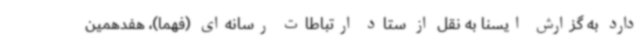
دارد به گزارش ایسنا به نقل از ستاد ارتباطات رسانه‌ای (فهما)، هفدهمین